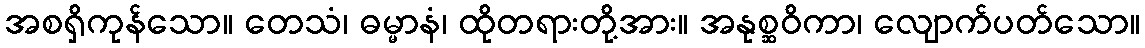
အစရှိကုန်သော။ တေသံ၊ ဓမ္မာနံ၊ ထိုတရားတို့အား။ အနုစ္ဆဝိကာ၊ လျောက်ပတ်သော။